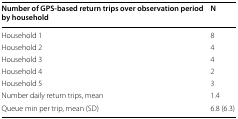
<table><thead><tr><td><b>Number of GPS-based return trips over observation period by household</b></td><td><b>N</b></td></tr></thead><tbody><tr><td>Household 1</td><td>8</td></tr><tr><td>Household 2</td><td>4</td></tr><tr><td>Household 3</td><td>4</td></tr><tr><td>Household 4</td><td>2</td></tr><tr><td>Household 5</td><td>3</td></tr><tr><td>Number daily return trips, mean</td><td>1.4</td></tr><tr><td>Queue min per trip, mean (SD)</td><td>6.8 (6.3)</td></tr></tbody></table>